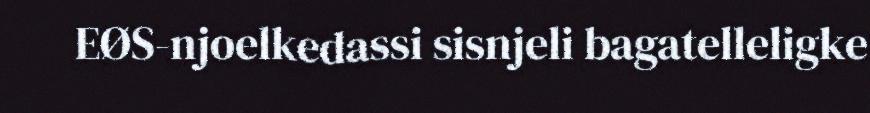
EØS-njoelkedassi sisnjeli bagatelleligke